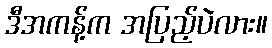
ဒီအကန့်က အပြည့်ပဲလား။